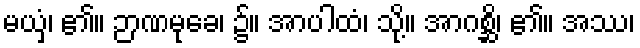
မယှံ၊ ၏။ ဉာဏမုခေ၊ ၌။ အာပါထံ၊ သို့။ အာဂစ္ဆိ၊ ၏။ အဿ၊